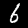
Label: 6